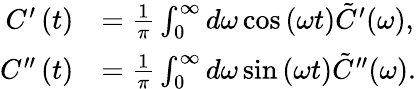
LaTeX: \begin{array}{rl}{C^{\prime}\left(t\right)}&{=\frac{1}{\pi}\int_{0}^{\infty}d\omega\cos\left(\omega t\right)\tilde{C}^{\prime}(\omega),}\\ {C^{\prime\prime}\left(t\right)}&{=\frac{1}{\pi}\int_{0}^{\infty}d\omega\sin\left(\omega t\right)\tilde{C}^{\prime\prime}(\omega).}\end{array}